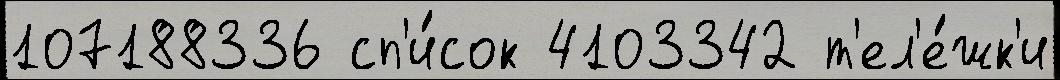
107188336 сп'и́сок 4103342 т'ел'е́жк'и